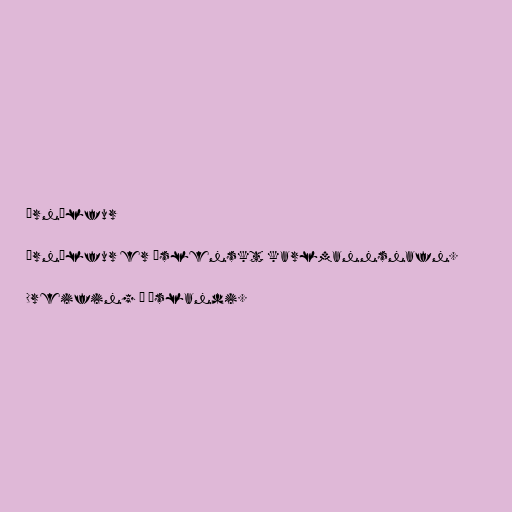
Örnólfur

Örnólfur er íslenskt karlmannsnafn.

Dreifing á Íslandi.